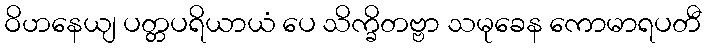
ဝိဟနေယျ ပတ္တပရိယာယံ ပေ သိက္ခိတဗ္ဗာ သမုခေန ကောမာရပတီ